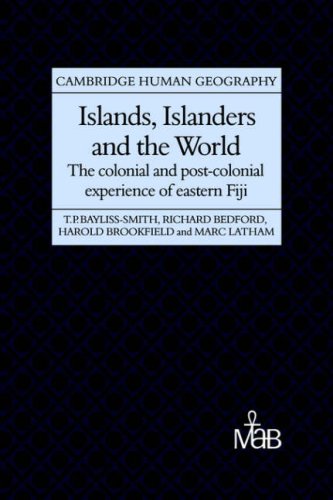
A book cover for Islands, Islanders and the World: The Colonial and Post-colonial Experience of Eastern Fiji (Cambridge Human Geography); Tim Bayliss-Smith; History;